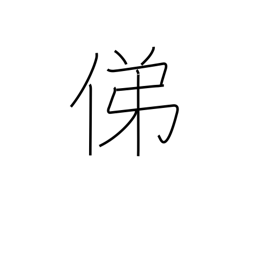
Meaning: trace